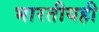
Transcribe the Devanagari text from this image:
भारतीयही